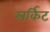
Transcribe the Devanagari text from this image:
स्रर्किट